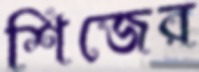
শিজের